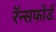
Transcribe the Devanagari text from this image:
रॅन्सफोर्ड